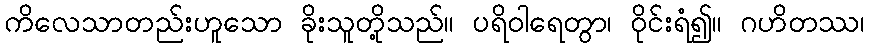
ကိလေသာတည်းဟူသော ခိုးသူတို့သည်။ ပရိဝါရေတွာ၊ ဝိုင်းရံ၍။ ဂဟိတဿ၊